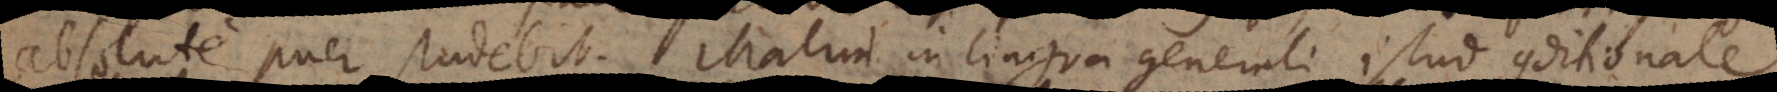
absolute puer studebit. Malim in lingua generali istud conditionale